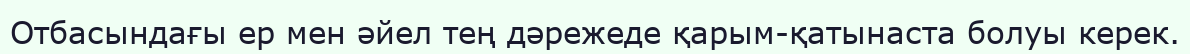
Отбасындағы ер мен әйел тең дәрежеде қарым-қатынаста болуы керек.